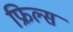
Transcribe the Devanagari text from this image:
फ्रिल्स